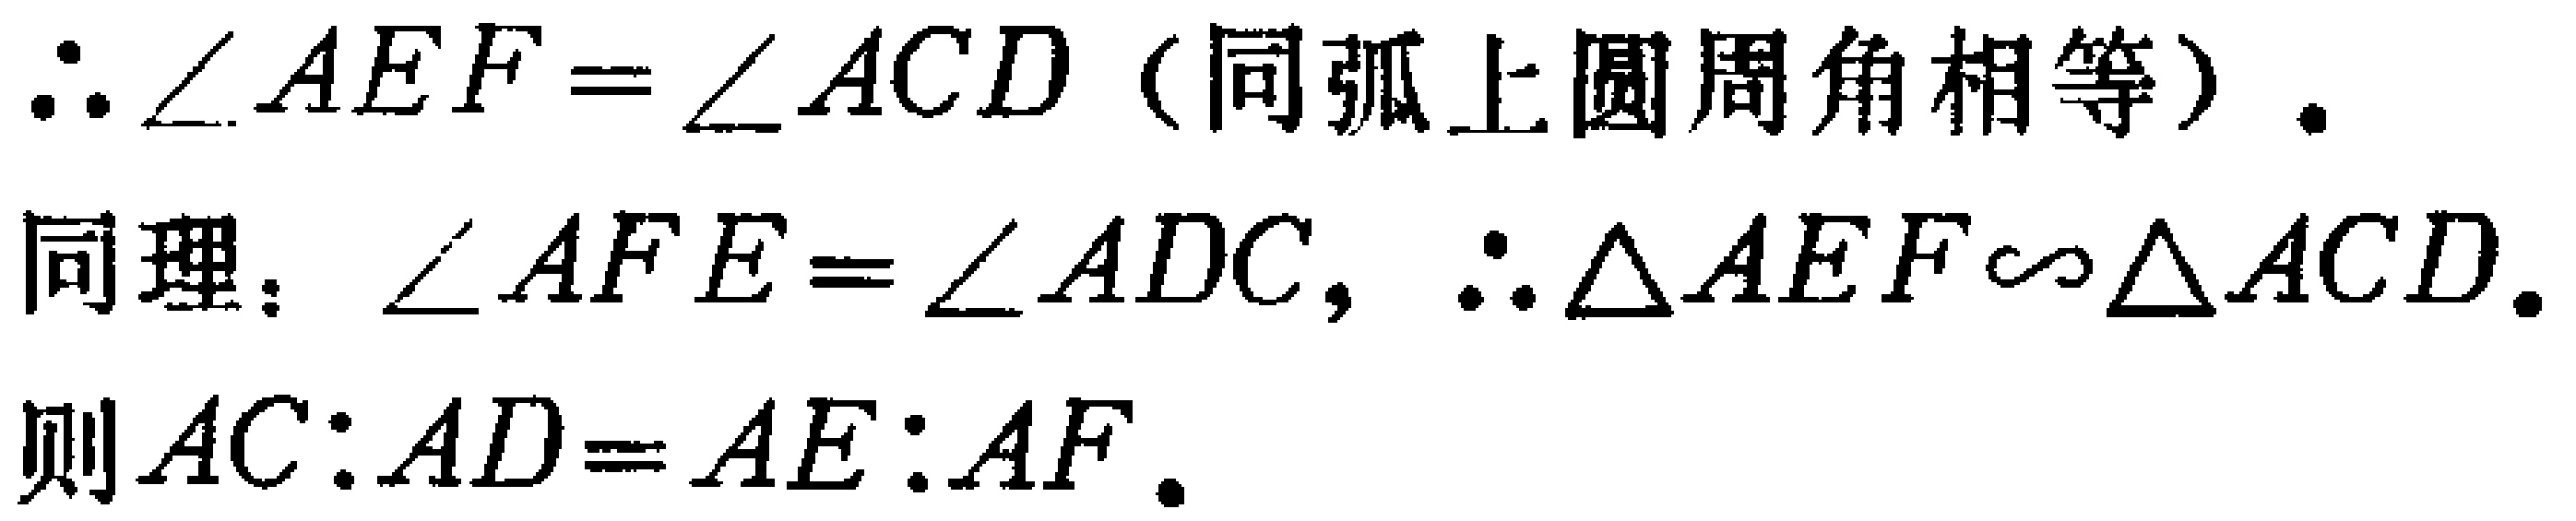
\(\therefore \angle AEF = \angle ACD\)（同弧上圆周角相等）.

同理，\(\angle AFE = \angle ADC\)，\(\therefore \triangle AEF \sim \triangle ACD\).

则\(AC:AD = AE:AF\).